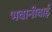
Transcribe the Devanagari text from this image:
भवानीबाई